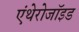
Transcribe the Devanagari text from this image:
एंथेरोजॉइड